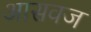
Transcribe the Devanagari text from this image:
आसवज